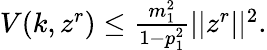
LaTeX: \begin{array}{r}{V(k,z^{r})\leq\frac{m_{1}^{2}}{1-p_{1}^{2}}\lvert|z^{r}\rvert|^{2}.}\end{array}